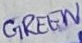
Text: GREEN